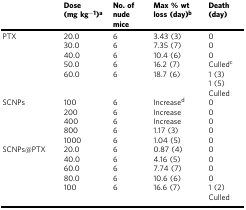
<table><thead><tr><td></td><td><b>Dose (mg kg<sup>−1</sup>)<sup>a</sup></b></td><td><b>No. of nude mice</b></td><td><b>Max % wt loss (day)<sup>b</sup></b></td><td><b>Death (day)</b></td></tr></thead><tbody><tr><td rowspan="6">PTX</td><td>20.0</td><td>6</td><td>3.43 (3)</td><td>0</td></tr><tr><td>30.0</td><td>6</td><td>7.35 (7)</td><td>0</td></tr><tr><td>40.0</td><td>6</td><td>10.4 (6)</td><td>0</td></tr><tr><td>50.0</td><td>6</td><td>16.2 (7)</td><td>Culled<sup>c</sup></td></tr><tr><td>60.0</td><td>6</td><td>18.7 (6)</td><td>1 (3)</td></tr><tr><td></td><td></td><td></td><td>1 (5) Culled</td></tr><tr><td rowspan="5">SCNPs</td><td>100</td><td>6</td><td>Increase<sup>d</sup></td><td>0</td></tr><tr><td>200</td><td>6</td><td>Increase</td><td>0</td></tr><tr><td>400</td><td>6</td><td>Increase</td><td>0</td></tr><tr><td>800</td><td>6</td><td>1.17 (3)</td><td>0</td></tr><tr><td>1000</td><td>6</td><td>1.04 (5)</td><td>0</td></tr><tr><td rowspan="6">SCNPs@PTX</td><td>20.0</td><td>6</td><td>0.87 (4)</td><td>0</td></tr><tr><td>40.0</td><td>6</td><td>4.16 (5)</td><td>0</td></tr><tr><td>60.0</td><td>6</td><td>7.74 (7)</td><td>0</td></tr><tr><td>80.0</td><td>6</td><td>10.6 (6)</td><td>0</td></tr><tr><td>100</td><td>6</td><td>16.6 (7)</td><td>1 (2)</td></tr><tr><td></td><td></td><td></td><td>Culled</td></tr></tbody></table>